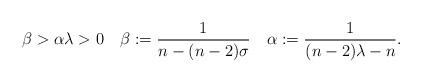
LaTeX: \begin{align*} \beta>\alpha\lambda>0 \quad \beta:=\frac{1}{n-(n-2)\sigma} \quad\alpha:=\frac{1}{(n-2)\lambda-n}. \end{align*}